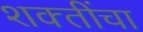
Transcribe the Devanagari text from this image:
शक्‍तींचा